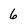
Character: 6